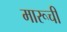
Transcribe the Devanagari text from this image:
मारूची